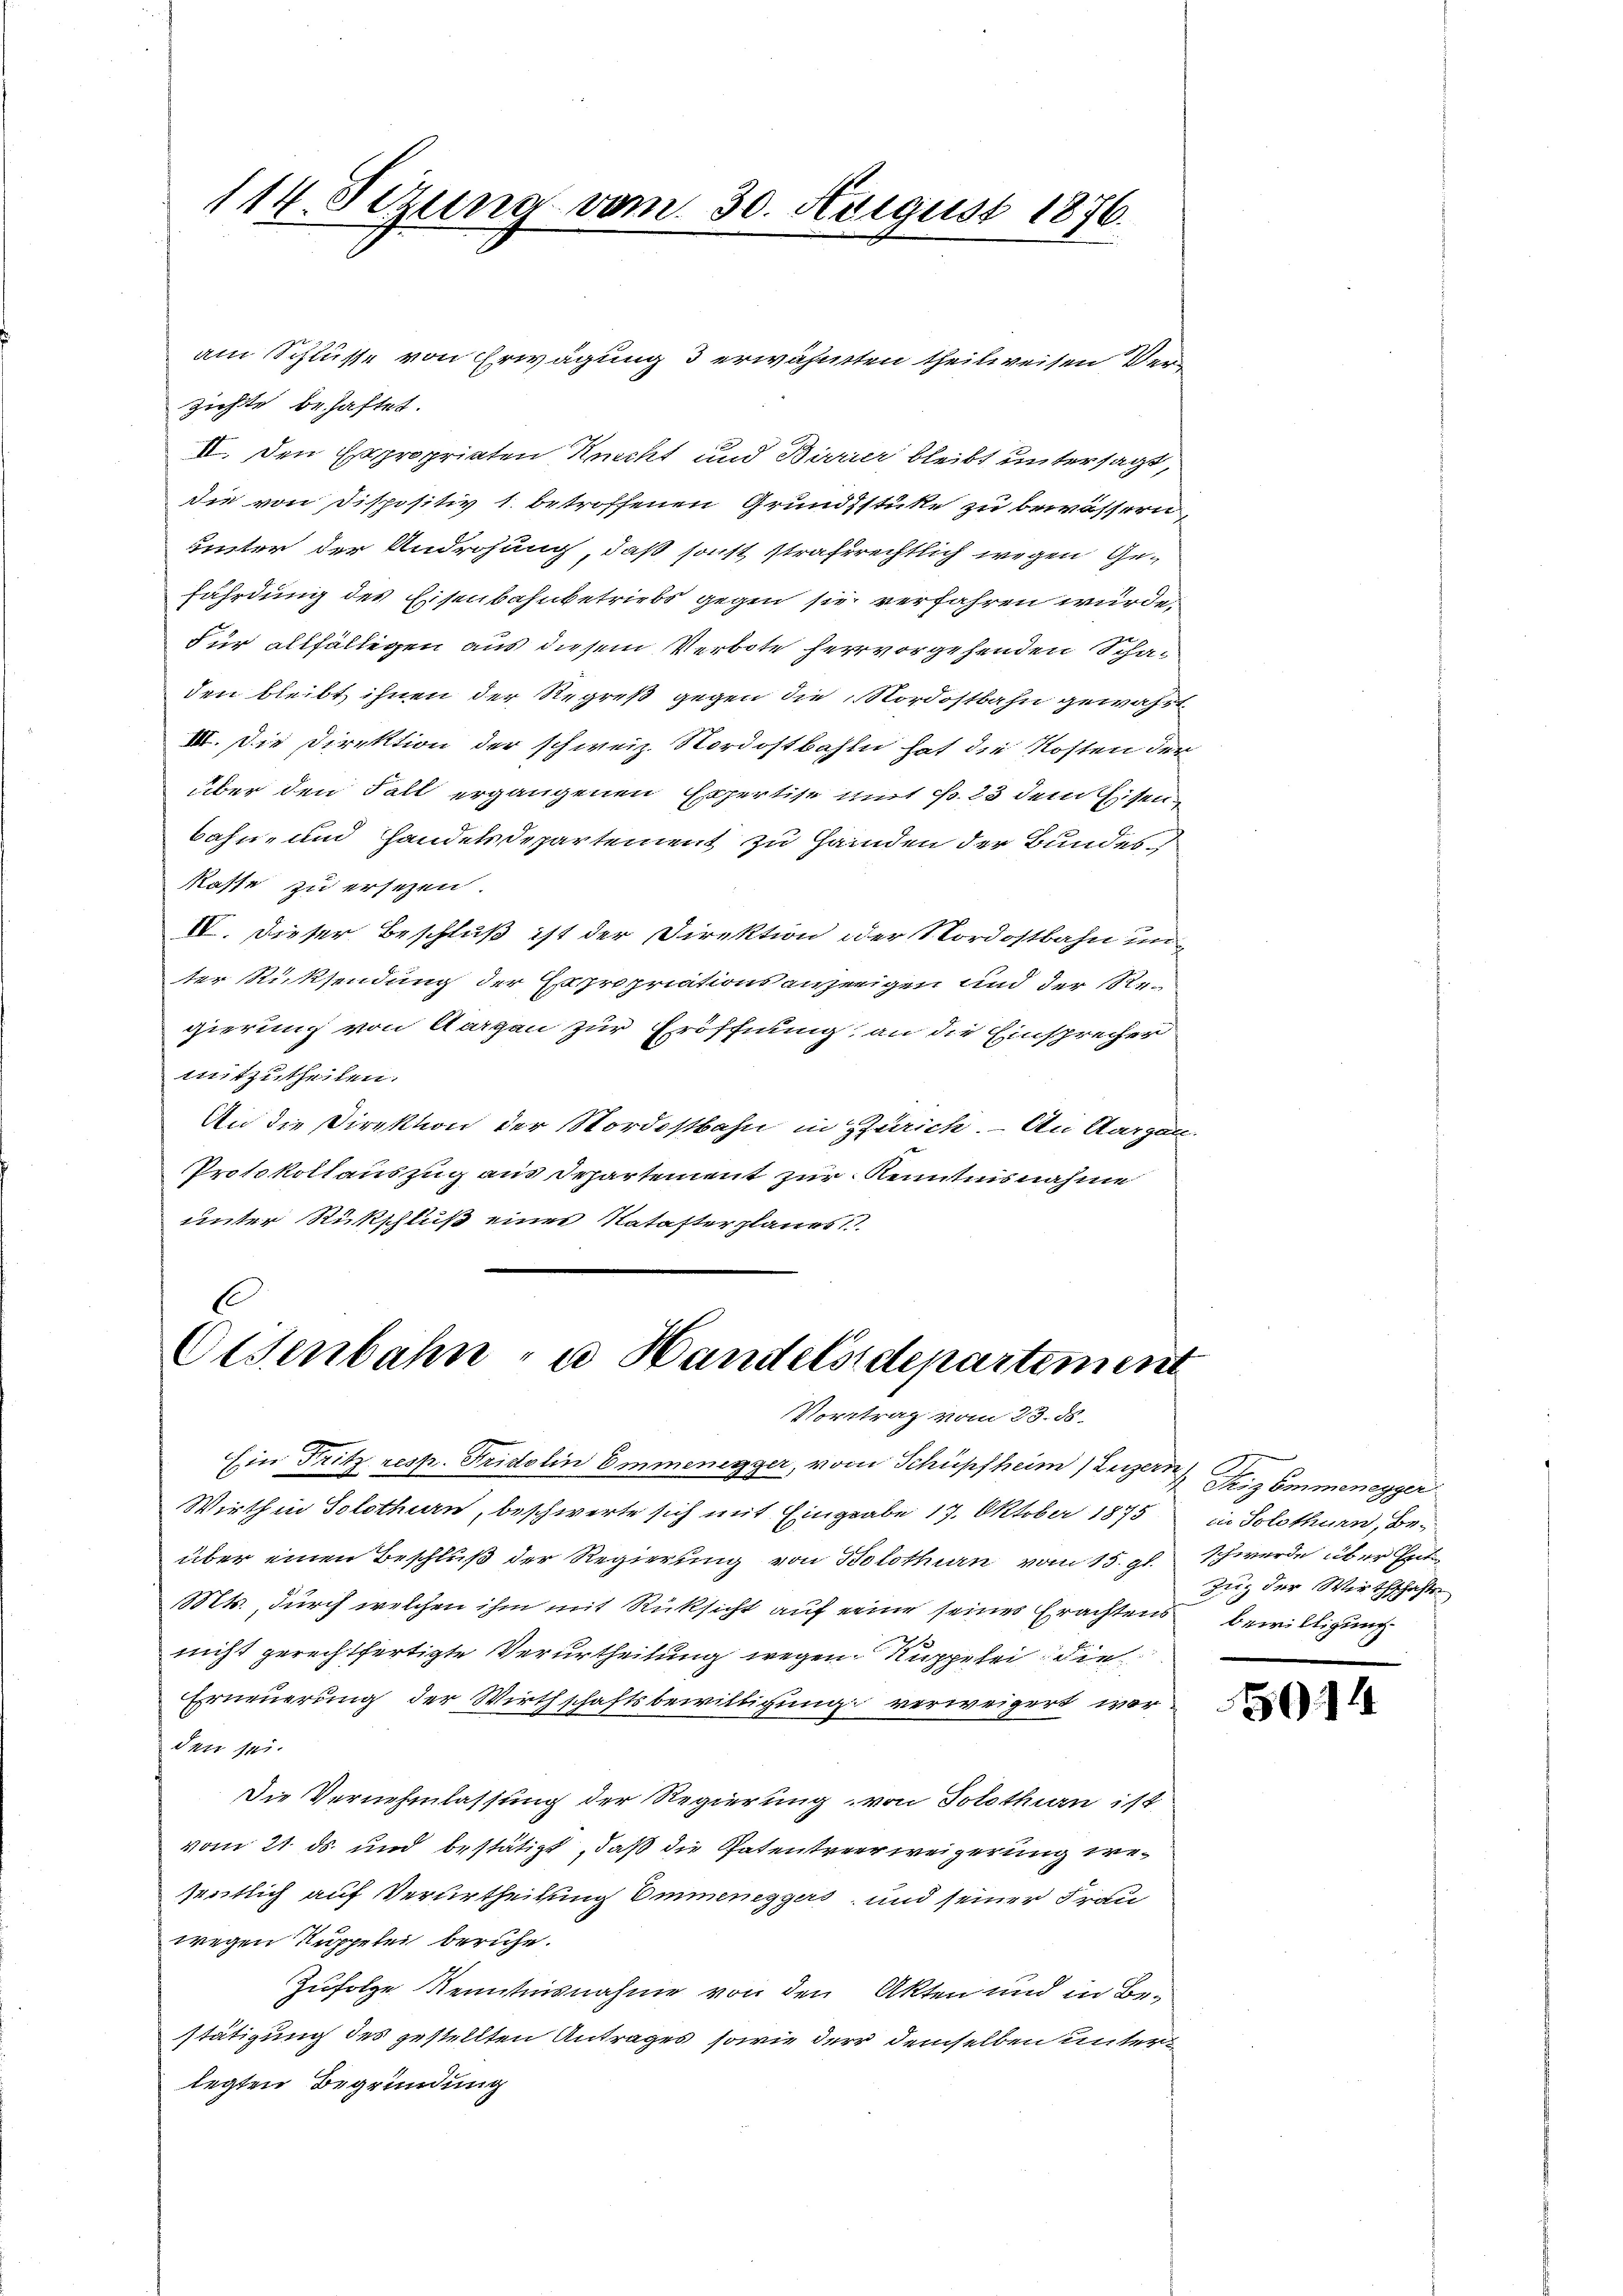
114. Sitzung vom 30. August 1876.

am Schlüsse von Erwägung 3 erwähnten theilweisen Verzichte behaftet.
II. Den Expropriaten Recht und Barrier bleibt untersagt,
die von Dispositiv 1. betroffenen Grundstüke zu bewässern,
unter der Androhung, daß sonst strafrechtlich wegen Gefährdung des Eisenbahnbetriebs gegen sie verfahren wurde.
für allfälligen aus diesem Verbote hervorgehenden Schaden bleibt ihnen der Regreß gegen die Nordostbahn gewährt.
III. Die Direktion der schweiz. Nordostbahn hat die Kosten der
über den Fall ergangenen Expertise mit Fr. 23 dem Eisen
bahn- und Handelsdepartement zu Handen der Bundes
kasse zu ersezen.
IV. Dieser Beschluß ist der Direktion oder Nordostbahn und
ter Rücksendung der Expropriationsanzeigen und der Re-
gierung von Aargau zur Eröffnung, an die Einsprecher
mitzutheilen.
An die Direktion der Nordostbahn in Zürich. – An Aargau
Protokollauszug aus Departement zur Kenntnisnahme
unter Rückschluß einer Natasterplanes

.
Eisenbahn - u. Handelsdepartement
Vortrag vom 23. ds.

Ein Fritz, resp. Fridolin Emmenegger, vom Schüpfheim (Luzern
Wirth in Solothurn, beschwerte sich mit Eingabe 17. Oktober 1875
über einen Beschluß der Regierung von Solothurn vom 15. gl.
Mts., durch welchen ihm mit Rücksicht auf einer seines Erachtens bewilligung
nicht gerechtfertigte Verurtheilung wegen Ruppelei die
Erneuerung der Wirthschaftsbewilligung verweigert war
den sei.
Die Vernehmlassung der Regierung von Solothurn ist,
vom 21. ds. und bestätigt, daß die Patentreerweigerung wesentlich auf Verurtheilung Ommeneggers und seiner Frau
wegen Kuppelei beruhe.
Zufolge Kenntnisnahme von den Akten und in Bestätigung des gestellten Antrages, sowie der demselben unterlegten Begründung

Friz Emmeneyger:
in Solothurn, Beschwerde über Ent
Zug der Wirthschafts-

5014